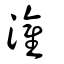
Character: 灌